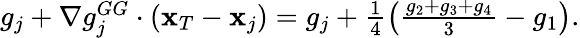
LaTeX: \begin{array}{r}{g_{j}+\nabla g_{j}^{GG}\cdot({\mathbf x}_{T}-{\mathbf x}_{j})=g_{j}+\frac{1}{4}\left(\frac{g_{2}+g_{3}+g_{4}}{3}-g_{1}\right).}\end{array}